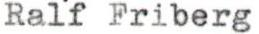
Ralf Friberg